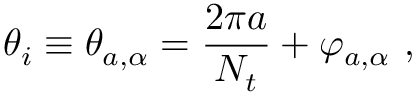
\theta _ { i } \equiv \theta _ { a , \alpha } = { \frac { 2 \pi a } { N _ { t } } } + \varphi _ { a , \alpha } ~ ,